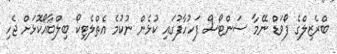
ބްރެޒިލްގެ ފޯވަޑް ނޭމާ ސަންޓޯސް ފަހުހާފުގައި ކުޅެން ނުކުމެ އެތްލެޓިކޯ ބިލްބާއޯކޮޅަށް ޖެހި